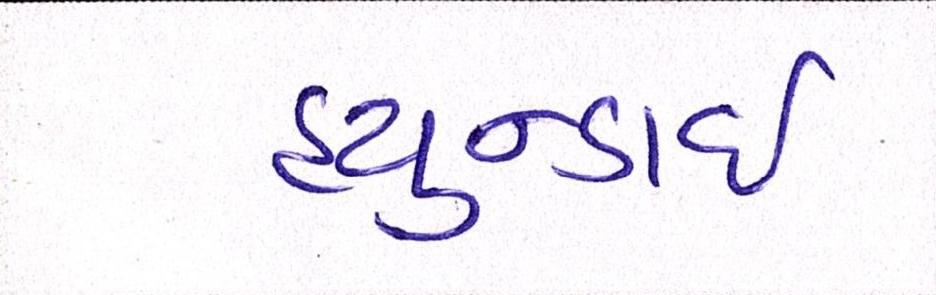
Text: હ્યુન્ડાઇ